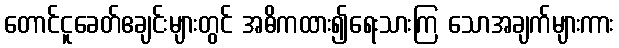
တောင်ငူခေတ်ဧချင်းများတွင် အဓိကထား၍ရေးသားကြ သောအချက်များကား